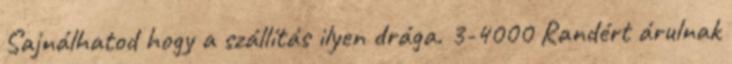
Sajnálhatod hogy a szállítás ilyen drága. 3-4000 Randért árulnak